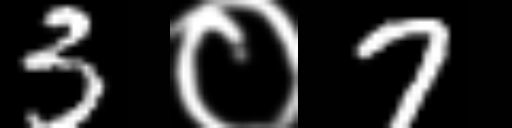
Text: 3०7